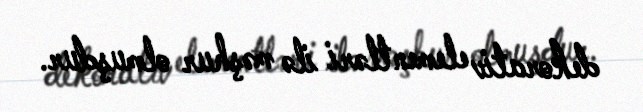
dekorativ elementləri ilə məşhur olmuşdur.